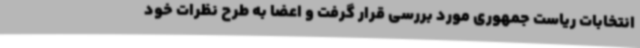
انتخابات ریاست جمهوری مورد بررسی قرار گرفت و اعضا به طرح نظرات خود